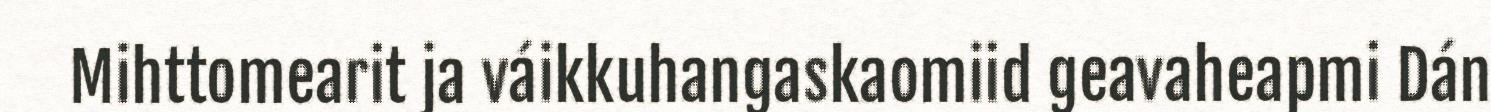
Mihttomearit ja váikkuhangaskaomiid geavaheapmi Dán